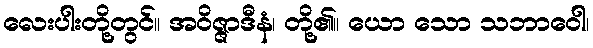
လေးပါးတို့တွင်။ အဝိဇ္ဇာဒီနံ၊ တို့၏။ ယော သော သဘာဝေါ၊